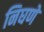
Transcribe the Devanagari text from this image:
निघणे